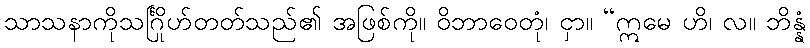
သာသနာကိုသင်္ဂြိုဟ်တတ်သည်၏ အဖြစ်ကို။ ဝိဘာဝေတုံ၊ ငှာ။ “ဣမေ ဟိ၊ လ။ ဘိန္နံ